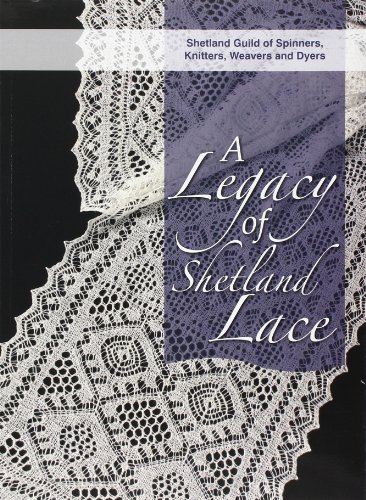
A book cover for A Legacy of Shetland Lace; Shetland Guild of Spinners; Crafts, Hobbies & Home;